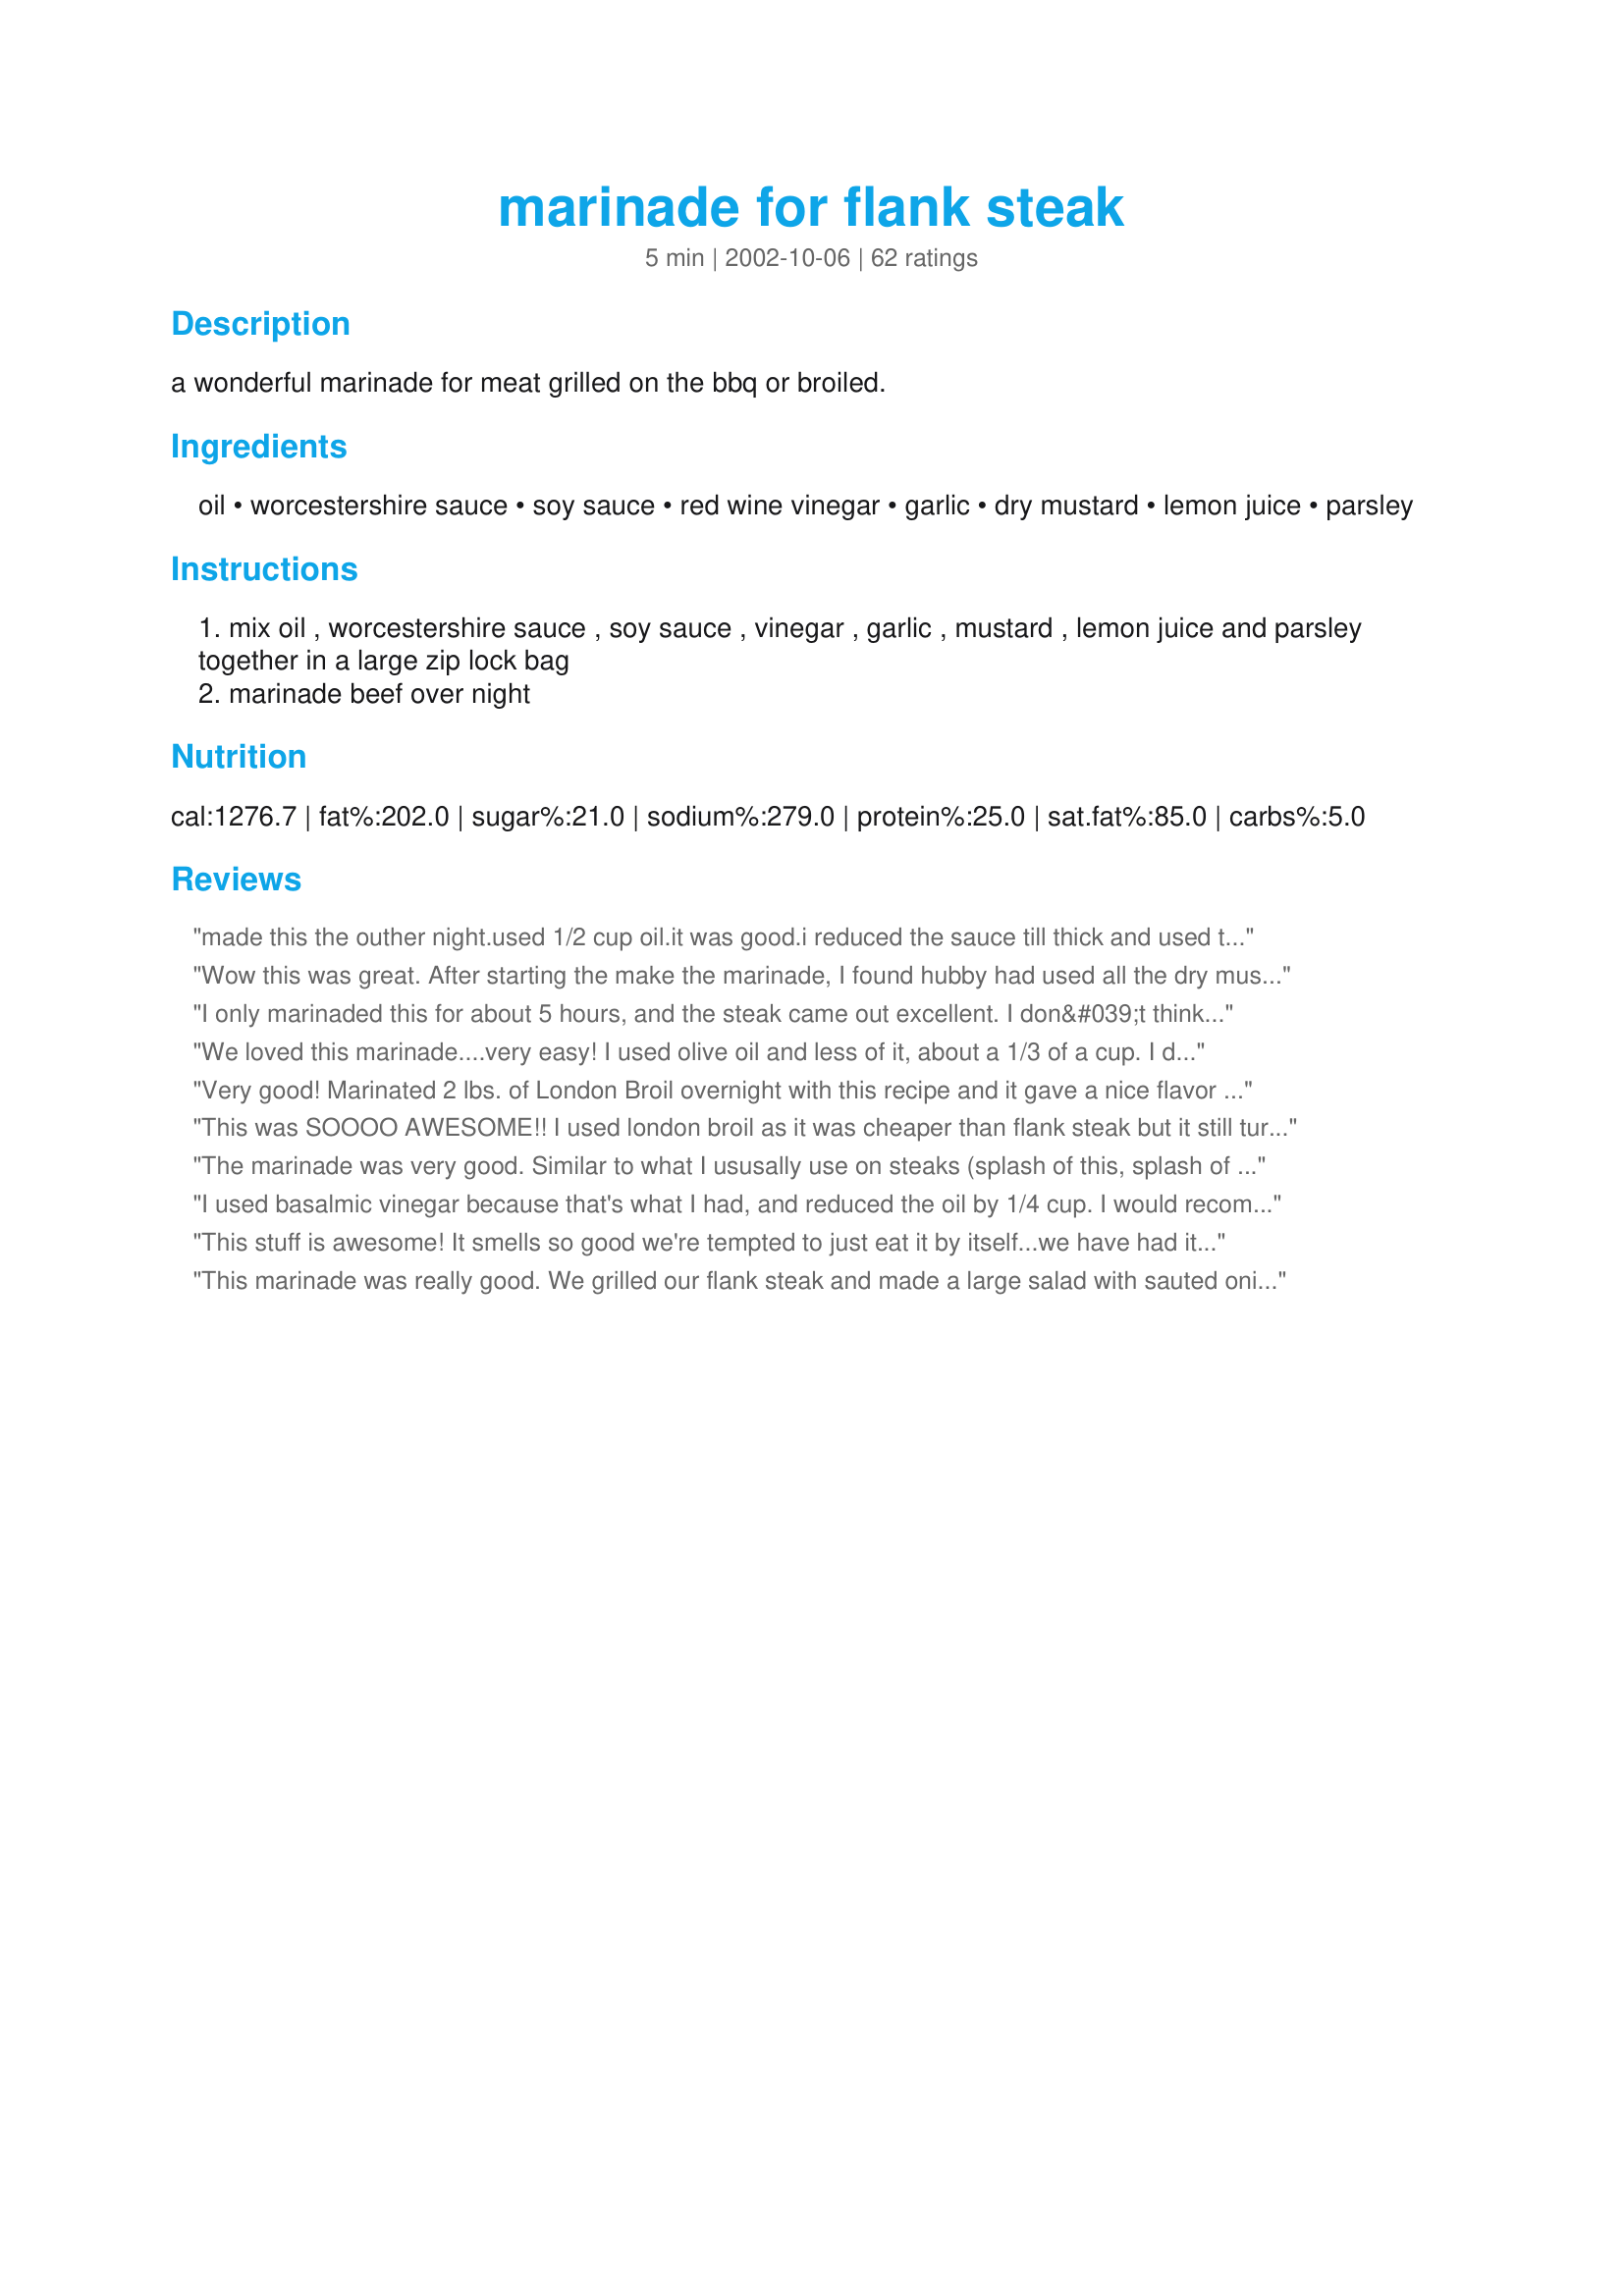
marinade for flank steak
Preparation time: 5 minutes

a wonderful marinade for meat grilled on the bbq or broiled.

Ingredients:
oil, worcestershire sauce, soy sauce, red wine vinegar, garlic, dry mustard, lemon juice, parsley

Steps:
mix oil , worcestershire sauce , soy sauce , vinegar , garlic , mustard , lemon juice and parsley together in a large zip lock bag
marinade beef over night

Reviews:
made this the outher night.used 1/2 cup oil.it was good.i reduced the sauce till thick and used to.will use again.thanks its great.
Wow this was great. After starting the make the marinade, I found hubby had used all the dry mustard, so I substituted a tablespoon of spicy mustard. The wole family wants to do it again. Thanks!
I only marinaded this for about 5 hours, and the steak came out excellent. I don&#039;t think I&#039;d want to marinade this longer. There was enough flavor there already. I might cut back a little on the soy sauce next time. This is going to be a keeper!
We loved this marinade....very easy! I used olive oil and less of it, about a 1/3 of a cup. I didn&#039;t measure any of the ingredients, just guess-timated and it turned out wonderful. I scored my flank steak on the diagonal, both ways and both sides, to get the marinade really in there and then I grilled it to rare/medium rare. Grilling season has just begun up here in the Northwoods and I&#039;m glad I found this one early on....it will be used often this summer. Thanks so much for posting :)
Very good! Marinated 2 lbs. of London Broil overnight with this recipe and it gave a nice flavor to the meat without overpowering it with spices or saltiness as marinades often do. Next time will try adding a little more mustard and garlic and maybe a tsp. or so of red pepper flakes.
This was SOOOO AWESOME!! I used london broil as it was cheaper than flank steak but it still turned out great. We made it agin the following week that was how mich we liked it! Thanks for a really great recipe!!
The marinade was very good. Similar to what I ususally use on steaks (splash of this, splash of that) so I was happy to try an actual recipe. I don't want to ruin a perfect 5 star streak with my own mistake but I marinaded for about 24 hours and our steak ended up VERY salty. I'll try in again but not start the marinade until the morning of and it should be great.
I used basalmic vinegar because that's what I had, and reduced the oil by 1/4 cup. I would recommend using low sodium soy sauce because the marinade is a little too salty, but still tastes good! I marinated the flank steak overnight and grilled it about 10 mins per side.
This stuff is awesome! It smells so good we're tempted to just eat it by itself...we have had it on round steak with great success. This time we made extra and poured it on red potatoes we put in the coals, and those were fabulous too!
This marinade was really good. We grilled our flank steak and made a large salad with sauted onions, eggs, red bell pepper and tomato. We will use this often.
This was an excellent marinade and I liked the fact that it didn't have any honey or brown sugar in it, as a lot of flank steak marinades do. Another plus, most of the ingredients were on hand! I used only 1/2 c. oil,balsamic vinegar(out of red wine vinegar) and only had about 1 1/2 T. of Worcestershire left in the bottle and marinated the meat for about 8 hours. Grilled it for 5 minutes per side and had delicious medium-rare flank steak that the whole family loved! Thanks for a good recipe!
Great flavor. Beef was tender. Have added this to my recipe box.
I substituted Balsamic vinegar for red wine and used Dijon mustard instead of dry and everyone loved it... Definitely a keeper!!!
Such a hit, we loved it! I used an extra dry dijon mustard, coarse ground, really good. Thanks!
This marinade was AWESOME! Had just the right blend of flavors. My steaks came out wonderful! Even better as leftovers. Thanks for the recipe!
While the steak was flavorful, the vinegar was a bit overwhelming for me. I did marinate for about 18 hours, maybe would have been better with halve of that.
absolutely incredible. marinating overnight gives it even more flavor. i like this one especially because it does not use honey.
Our favorite flank steak! I use balsamic for the red wine vinegar and about 4 garlic cloves as well as cut the oil back to 1/2 c. Delicious!
Delicious!! I only had about 5 hours to marinade our steak, but this still made it taste so good! I plan on leaving it on overnight next time. I used our leftover steak the next day, chopped it as thin as I could and cooked it with scrambled eggs, minced onions, kosher salt, and pepper. It was fabulous and I credit the marinade for that. Thank you so much for sharing this recipe!!
I have been making this same marinade for a as long as I've been cooking. I recently lost my copy and was very relieved to find it here. This is absolutely the best!
This was a great marinade that made a wonderful dinner out of a not so great cut of meat. I marinated over night and broiled to medium. Thanks!
How much steak did you marinade with this recipe?
This was great. We marinaded the steak for 24 hours. I made a gravy with the marinade. It was one of the best steaks we've ever had. The whole family loved it.
I used this as a 5 hour marinade for skirt steak. I marinated 2 pounds of skirt steak with it for 5 hours. The only deviation I made to the recipe is to omit the parsley (I had some, but it just burns on the grill) and add an additional tablespoon of Worcestershire sauce. I ground fresh pepper on the steaks before grilling them and grilled them for 3 minutes a side, and then rested for 7 minutes. It was a very good marinade. It didn't overpower the meat, but enhanced the flavor of it. I did not find it to be too much soy sauce or too much vinegar at all-- quite the contrary I found it well balanced. Although, I use premium quality of both and if you use lower quality vinegar or soy that might explain why some found those notes to be too strident.
This marinade didn't work at all for me. I found it to salty when I tasted it so I didn't even try to use it.
If I could give this a higher review I would. This is my all-time favorite marinade. I would highly recommend this to everyone. It is cheap so even if you aren't sure there isn't really any money lost. Two thumbs up! I especially like it with a goronzola sauce and roasted potatoe wedges. As Rachel Ray would say, Yummo!
I was hesitant to try a different flank steak marinade (usually use Erin Rogers #18902), but wanted something less sweet. Yum...now we have two favorite flank steak marinades. I did use reduced soy sauce and marinated for 4-5 hours. It tasted delicious. Sounds like everyone likes your recipe, L DJ--thanks.
Boy is this delcious!
I used a fast-fry steak and marinaded for 4 hours. It turned out great. The flavor was perfect.
Awesome!
Can I just say, again, this recipe makes flank steak turn into crack for me?

I love this plain. I love it left over the next day, sliced thin, on top of a big salad. 

Thank you, thank you, THANK YOU for this recipe! GAH! I shouldn't eat this much beef but I can't stop when I make this!
Preheated the gas grill...Scored the steak in a crisscross pattern every half inch...Doubled the garlic in the recipe...Marinated for 4 hrs. in gallon size resealable plastic bag in the fridge...Flipped the meat after 2 hrs...Placed it over the burner on the hot grill and shut the lid...6 minutes on each side...Removed from the grill and sliced into 1/4 inch slices across the grain...Spooned 8 or 10 tablespoons of the leftover marinde over the sliced meat...Best Flank Steak we've ever had...Thanks for the recipe...
Very good marinade. I used this on some 1 1/2 thick rib eyes. Great flavor. A word of caution though. I took these straight from the marinade to a 600 + degree grill. Had a little fire for a moment. Very good marinade. Thanks for posting.
This was seriously the best Flank Steak I've ever had. Thanks for a great marinade!
Really tasty, and soooo tender too. I love flank steak and just "discovered" it about 2 years ago. It is a cut that is not mentioned too often and it is difficult to find in the grocery stores in my area. Thx for sharing your recipe.
This was wonderful. I marinaded for overnight and DH cooked on the grill. It was so tender and just enough flavor in every way. Will use this again and again!
OMG This recipe is so delicious! The flank steak came out tender and flavorful. I marinated it overnight and cooked on a gas grill. Superb!
Very Good. I didn't marinate long and it still had a nice flavor. I used balsamic vinegar and a little less oil.
This gave my steaks a great flavor. I didn't have time to marinate them overnight, but 8 hours seemed to do the trick. This recipe is a keeper.
This has been a favorite in our house for ages as well. I always use it for shish kebobs. Make extra marinade and set aside. Then marinate the meat overnight, dump that marinade, then use the 'extra' to brush on while grilling. (Warning: the oil may cause a flareup with charcoal...but these are DELICIOUS!)
Simply delicious!
I love this marinade! I used this to make a london broil I had on hand and it was delicious! The leftovers were good too :)!
This marinade was ok. It didn't seem too special to me. I let it sit for 24 hours and the meat wasn't even tender after it was cooked. It did retain it's juices nicely though and I like a juicy steak! I think with some tweaking this marinade could be better. I'll play around with it again I'm sure. Thanks!!
an excellent starting point for marinading anything, really. One addition I made: I stuffed whole cloves of garlic into my steak. Needless to say, it was magical. Also being in the midst of a lemon drought, I substituted a dash of orange juice in its place.
Great marinade...I have made this several times and I am always asked for the recipe....great stuff....
I also only marinaded my meat for 8 hours, but the taste was superb. My meat was deliciously tender, this is definitely one I will be making again. Easy ingredient list, I had everything on hand so it was quick to whip up. Thanks for posting..
LDJ, this marinade is delicious. I marinated prime rib steaks in this for five hours. I cut the oil to 1/2 cup, but everything else the same. Definitely make again. Thanx Rita
I just really dont like the soy sauce flavor. When we ate the steak it was all I could taste. This would be a better marinade for pork.
The BEST marinade I have ever found for flank steaks is Adolf's Meat marinade, its comes as a powder in a packet and all you add is water. You will DIE..its so good!
This was fabulous - best flank steak we've ever made. I used 1/2 cup oil, balsamic instead of red wine vinegar, 1 tbsp lemon juice + 1 tbsp orange juice, 3 cloves of garlic, and increased the parsley to 1 tbsp. I also added about a tsp of black pepper to the marinade. It marinated about 6-7 hours total, and I broiled it 5 min per side for perfect medium rare. After broiling I let it rest about 10 minutes. While it was resting I reduced the marinade on the stove top and skimmed off the oil for a delicious sauce. Thanks L DJ for a terrific recipe! I can't wait to have the leftovers tonight!
This is REALLY a GREAT recipe. I marinated the steak overnight and it was so very tender after it was grilled. I also liked the fact that it only had 10 gr. of carbs. This is certainly a keeper!
Fantastic flavor!
This was good. I used balsamic vinegar instead of red wine vinegar. I added some sugar and a bit more lemon juice to add flavor. Definitely a keeper, will make again.
YUM!! My hubby and I thought this was fantastic! Next time I will thicken the marinade for a sauce. We'll be using this on more than just flank steak. Broiled the steak and topped with grilled onions and mushrooms. Tasted great, thanks!
Easy and flavorful! Marinated for about3 hours and worked wonderfully.
This was wonderful. We actually do a lamb marrinade that has all of the exact same ingredients- just different measurements and it is fabulous on lamb. However, for flank steak this is so wonderful. We gobbled up the leftovers for lunch the next day. The butcher will tenderize your flank steak for you in minutes if you just ask, that really makes it tender. Thanks!!
Perfect!! Followed exactly, (well maybe a tad more workie). Used rib eye steaks. A keeper for sure. 
Thanks.
Delicious. As Simon (from American Idol) would say, I absolutly LOVED it. Just a wonderful taste, though I did use balslamic vinegar, added the 1 tsp of pepper like others did and added a wee bit more workie sauce!
I don't know what it was about this marinade but I actually like to taste the meat with the marinade, not the marinade itself. The flavor was so overpowering to where I thought I was eating a wet piece of beef jerky.
We marinated this over night and we coulden't believe how tender the steak was. We have always been reluctant about flank steak as it can be tough. We didn't make any changes and with us being on the picky side are glad to have a great marinade that doesn't need anything added. Thanks!
I was looking for an easy soy and garlic marinade for my 2 lb flank steak and came across this one. Decided to omit the parsley and add 1/4 cup honey, sliced fresh ginger and extra worchestershire sauce. Let marinated in the refrigerator for about 8 hours. Grilled to medium rare. Seriously delicious. Extra meat will make a great steak salad tomorrow.
Wow this was wonderful!! I could taste all the flavors of the marinade in this steak. It was just my DS and myself and there are just a few pieces for leftovers. This is a definite keeper. I liked how this flared up my grill and made great grill marks each time it was turned. I cooked it on high, and then moved over to indirect heat to finish cooking through a bit until medium.
Excellent and easy marinade...THANKS L DJ!
